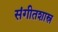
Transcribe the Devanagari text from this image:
संगीतशास्र